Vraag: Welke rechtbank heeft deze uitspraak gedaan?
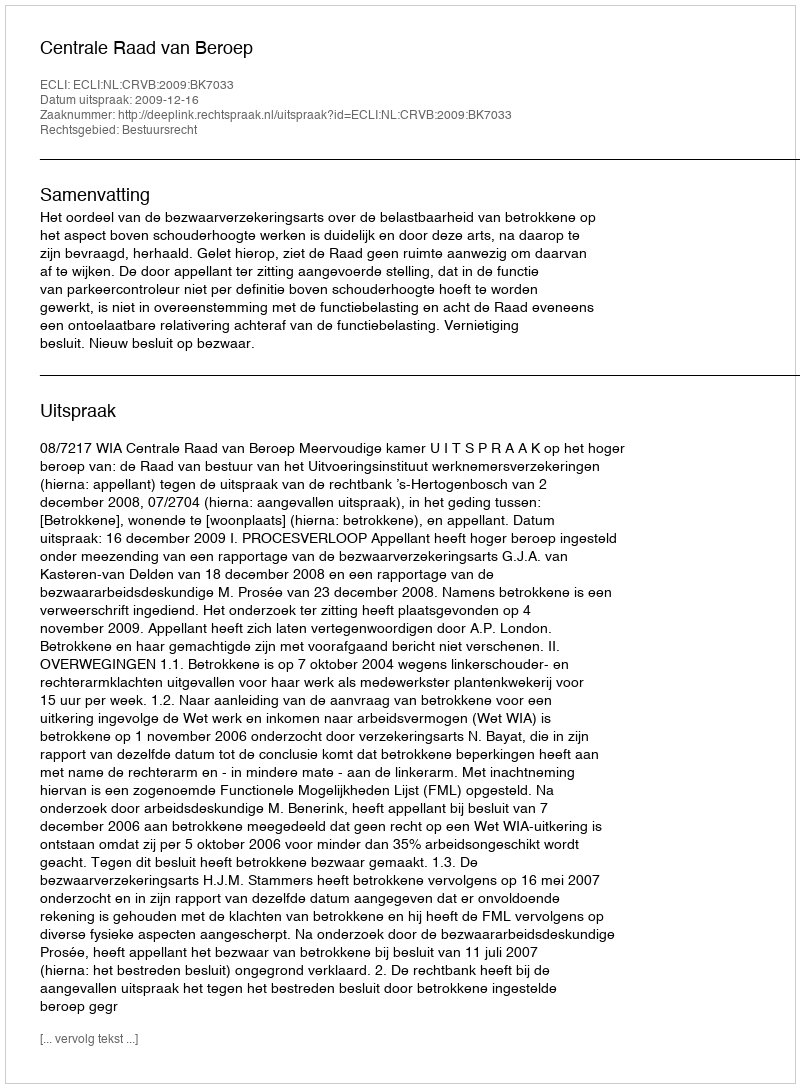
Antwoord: Centrale Raad van Beroep